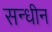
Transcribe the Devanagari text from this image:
सन्धीन